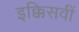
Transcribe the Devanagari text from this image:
इक्किसवीं